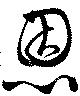
恩